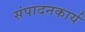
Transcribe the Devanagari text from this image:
संपादनकार्य